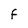
Character: F